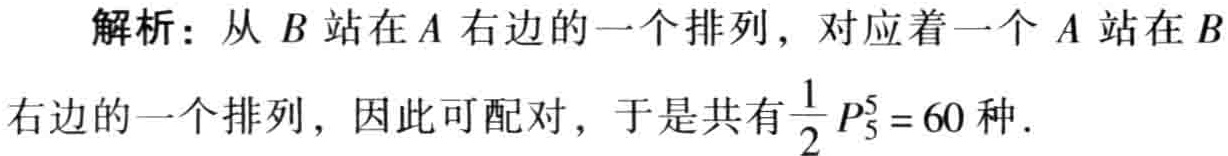
解析：从\(B\)站在\(A\)右边的一个排列，对应着一个\(A\)站在\(B\)右边的一个排列，因此可配对，于是共有\(\frac{1}{2}P_{5}^{5}=60\)种.